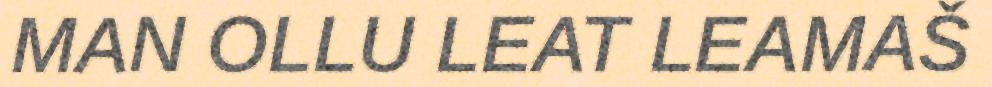
MAN OLLU LEAT LEAMAŠ